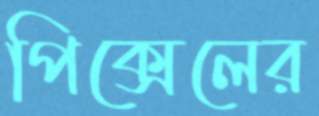
পিক্সেলের